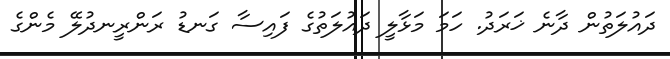
ދައުލަތުން ދާނެ ޚަރަދު. ހަމަ މަޅާލީ ދައުލަތުގެ ފައިސާ ގަނޑު ރަންރީނދުލޭ މެންގެ